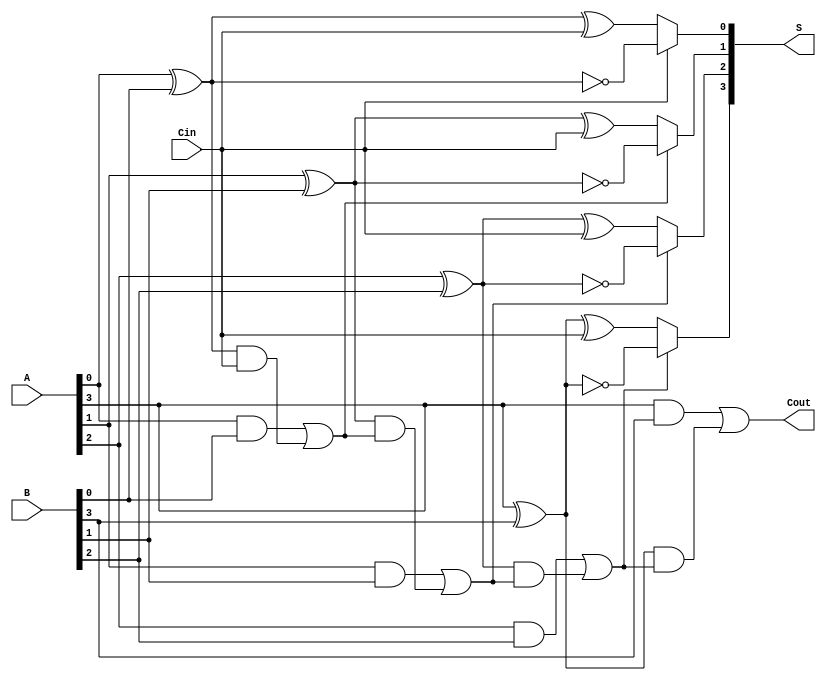
module ConditionalSumAdder #(parameter N = 4) (
    input [N-1:0] A,      // First n-bit binary number
    input [N-1:0] B,      // Second n-bit binary number
    input Cin,            // Carry-in
    output [N-1:0] S,     // Sum output
    output Cout           // Carry-out
);
    wire [N-1:0] G;       // Generate signals
    wire [N-1:0] P;       // Propagate signals
    wire [N:0] C;         // Carry signals, C[0] = Cin

    // Carry generation logic
    assign C[0] = Cin; // Initial carry-in
    genvar i;
    generate
        for (i = 0; i < N; i = i + 1) begin : carry_gen
            assign G[i] = A[i] & B[i];             // Generate
            assign P[i] = A[i] ^ B[i];             // Propagate
            assign C[i + 1] = G[i] | (P[i] & C[i]); // Carry out for next bit
        end
    endgenerate

    // Sum calculation
    wire [N-1:0] S0; // Sum if carry is 0
    wire [N-1:0] S1; // Sum if carry is 1

    generate
        for (i = 0; i < N; i = i + 1) begin : sum_calc
            assign S0[i] = A[i] ^ B[i] ^ C[0]; // Sum when carry is 0
            assign S1[i] = A[i] ^ B[i] ^ 1;     // Sum when carry is 1
            assign S[i] = C[i] ? S1[i] : S0[i]; // Final sum output based on carry
        end
    endgenerate

    // Final carry-out
    assign Cout = C[N]; // Carry-out from the last carry bit

endmodule